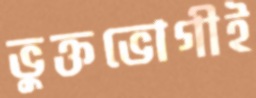
ভুক্তভোগীই